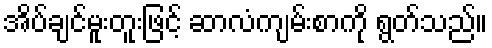
အိပ်ချင်မူးတူးဖြင့် ဆာလံကျမ်းစာကို ရွတ်သည်။